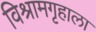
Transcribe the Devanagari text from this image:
विश्रामगृहाला